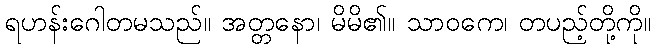
ရဟန်းဂေါတမသည်။ အတ္တနော၊ မိမိ၏။ သာဝကေ၊ တပည့်တို့ကို။